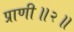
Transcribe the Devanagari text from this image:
प्राणी॥२॥